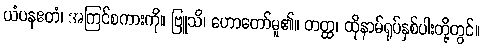
ယံပနဧတံ၊ အကြင်စကားကို။ ဗြူသိ၊ ဟောတော်မူ၏။ တတ္ထ၊ ထိုနာမ်ရုပ်နှစ်ပါးတို့တွင်။